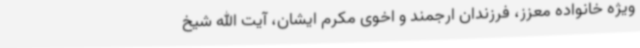
ویژه خانواده معزز، فرزندان ارجمند و اخوی مکرم ایشان، آیت الله شیخ